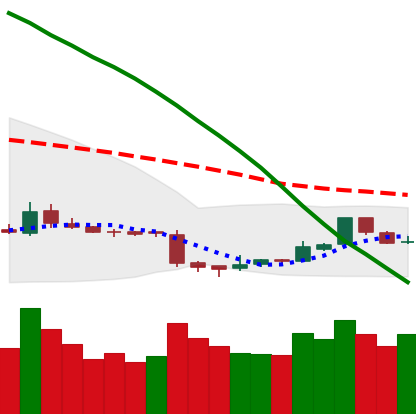
Ticker: ETC-USD
Chart end date: 2018-11-09
Forward return: -15.938%
Label: down_7plus